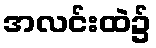
အလင်းထဲ၌